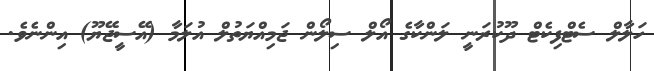
ހަލާލް ސެޓްފިކެޓް ދޫކުރަނީ ލަންކާގެ އޯލް ސިލޯން ޖަމިއްޔަތުލް އުލަމާ (އޭސީޖޭޔޫ) އިންނެވެ.